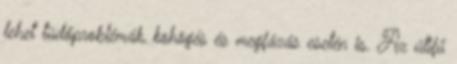
lehet tüdőproblémák, köhögés és megfázás esetén is. Az útifű